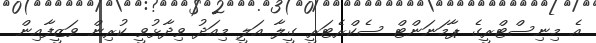
އެ މިނިސްޓްރީގެ ޕާމަނަންޓް ސެކްރެޓަރީ ގީލާ އަލީ މިއަދު ވިދާޅުވީ ކުރިން ވަޒީފާއިން